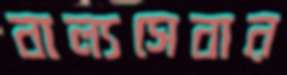
বাল্যসেবার